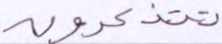
تتذكرون